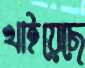
খাইয়েছে